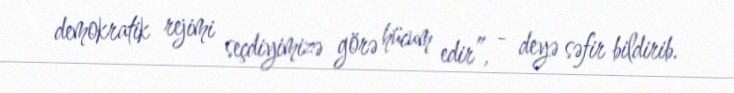
demokratik rejimi seçdiyimizə görə hücum edir”, - deyə səfir bildirib.